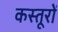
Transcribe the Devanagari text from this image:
कस्तूरों